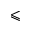
\leqslant